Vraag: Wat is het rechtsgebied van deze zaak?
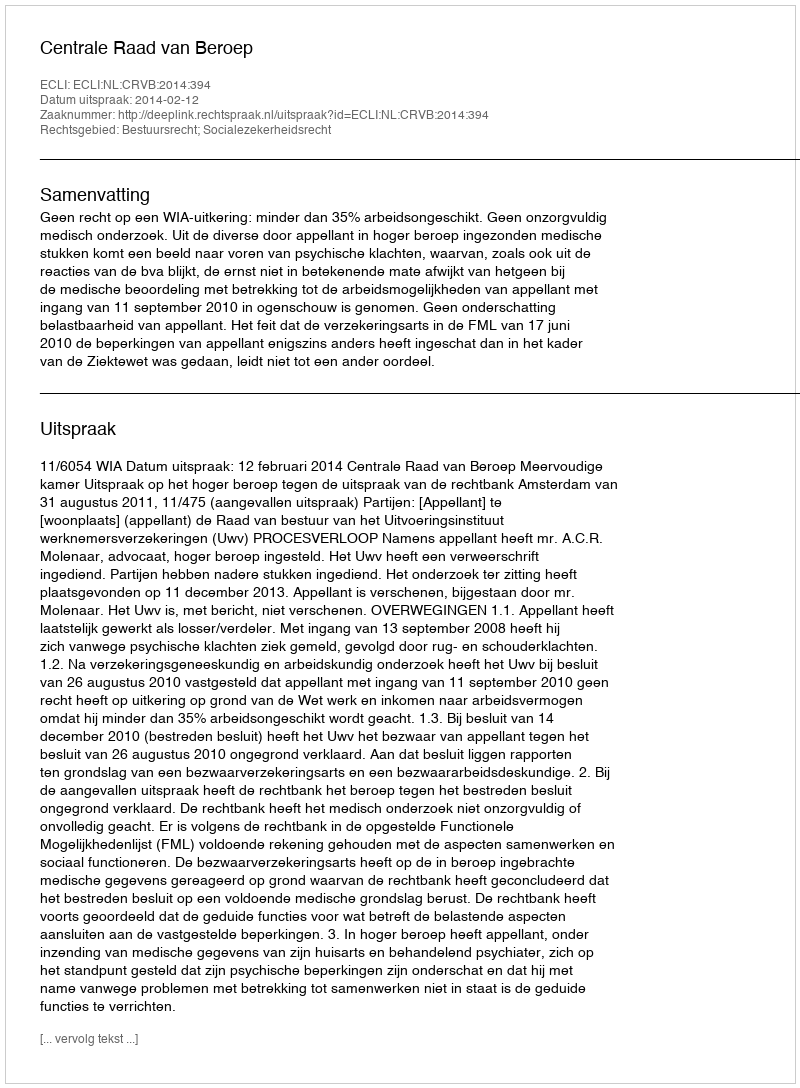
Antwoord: Bestuursrecht; Socialezekerheidsrecht